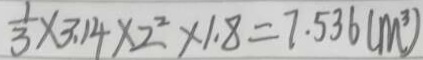
\frac { 1 } { 3 } \times 3 . 1 4 \times 2 ^ { 2 } \times 1 . 8 = 7 . 5 3 6 ( m ^ { 3 } )